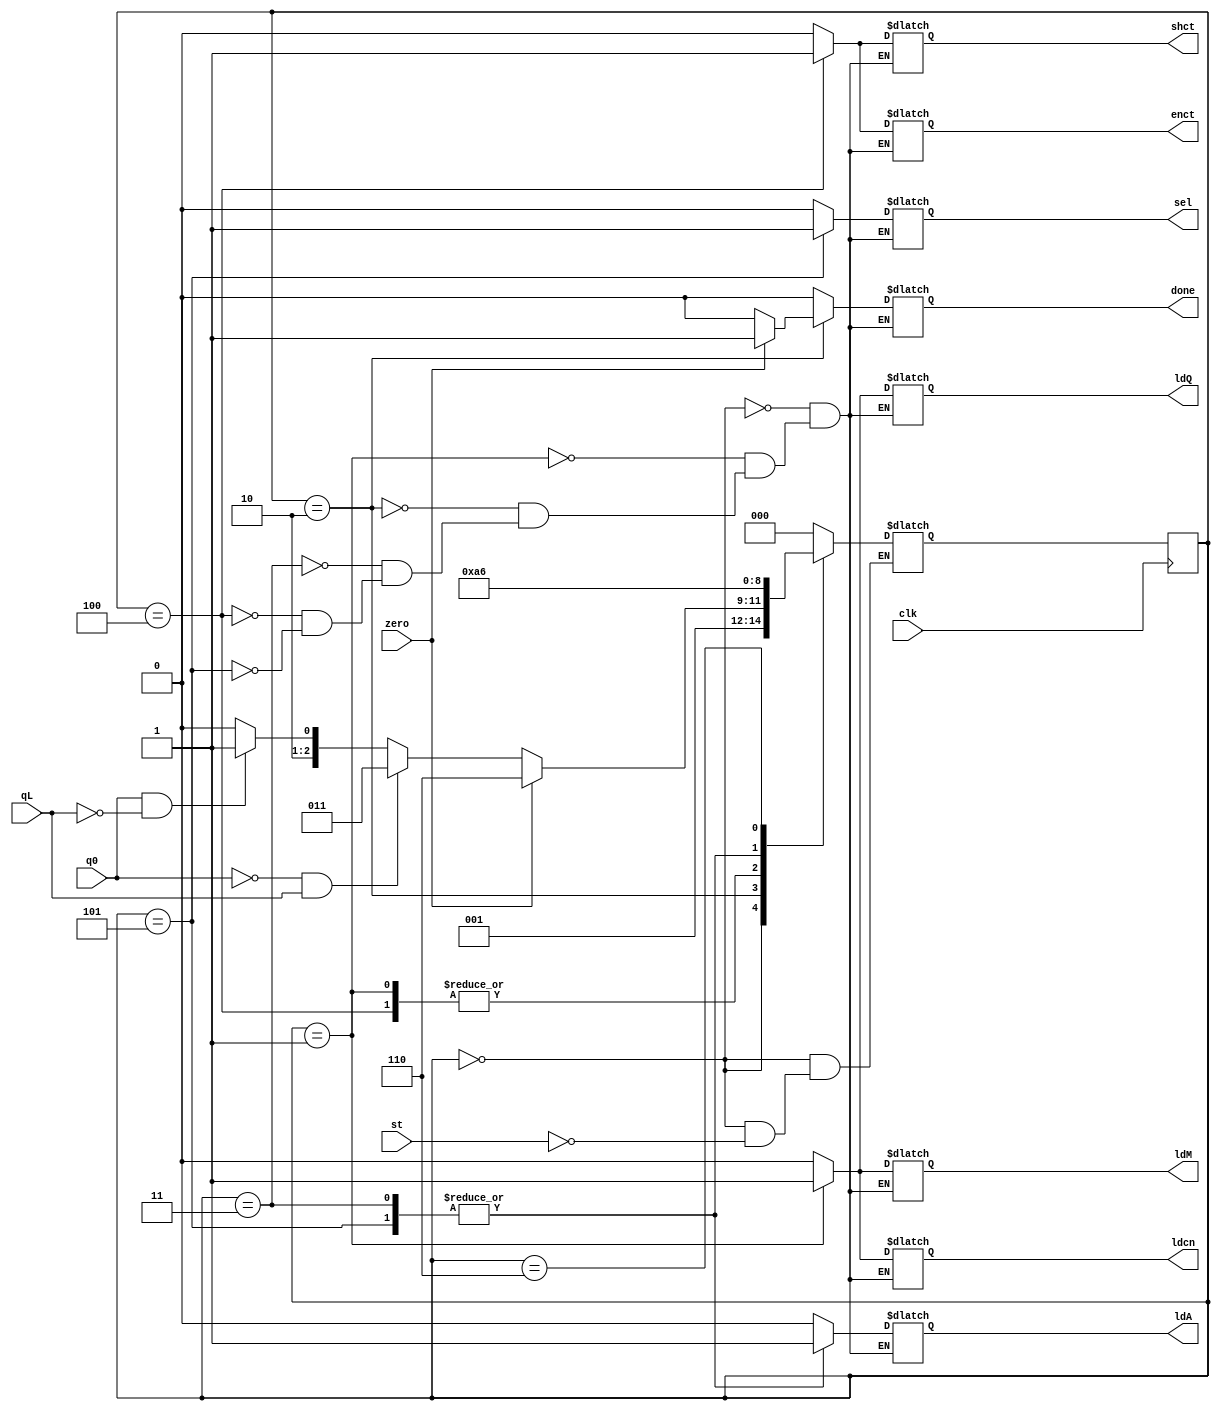
`timescale 1ns / 1ps
//////////////////////////////////////////////////////////////////////////////////
// Company: 
// Engineer: 
// 
// Design Name: 
// Module Name: BMCP
// Project Name: 
// Target Devices: 
// Tool Versions: 
// Description: 
// 
// Dependencies: 
// 
// Revision:
// Revision 0.01 - File Created
// Additional Comments:
// 
//////////////////////////////////////////////////////////////////////////////////


module BMCP(output reg ldA,ldQ,ldM,ldcn,enct,shct,sel,done,input st,q0,qL,zero,clk);
reg [2:0] state,next_state;
parameter s0 = 3'b000, s1= 3'b001, s2 =3'b010, s3 =3'b011, s4 = 3'b100, s5 = 3'b101, s6 = 3'b110, s7=3'b111;
always @(posedge clk)
    state<=next_state;
always @(state,st,q0,qL,zero)
begin
    case (state)
    s0 : begin ldA=0;ldQ=0;ldM=0;ldcn=0;enct=0;shct=0;sel=0;done=0; if(st) next_state=s1; end 
    s1 : begin ldA=0;ldQ=1;ldM=1;ldcn=1;enct=0;shct=0;sel=0;done=0; next_state=s2; end
    s2 : begin ldA=0;ldQ=0;ldM=0;ldcn=0;enct=0;shct=0;sel=0;done=0; if (zero) begin done=1; next_state= s6; end else begin if(~q0 && qL) next_state=s3; else if(q0 && ~qL) next_state=s5; else next_state = s4; end end
    s3 : begin ldA=1;ldQ=0;ldM=0;ldcn=0;enct=0;shct=0;sel=0;done=0; next_state = s4; end
    s4 : begin ldA=0;ldQ=0;ldM=0;ldcn=0;enct=1;shct=1;sel=0;done=0; next_state = s2; end
    s5 : begin ldA=1;ldQ=0;ldM=0;ldcn=0;enct=0;shct=0;sel=1;done=0; next_state = s4; end
    s6: next_state = s6;
    default : next_state= s0;
    endcase
end
endmodule